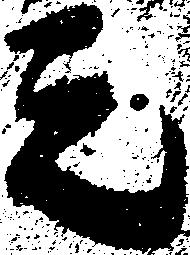
元